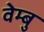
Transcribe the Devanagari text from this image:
वेम्बु